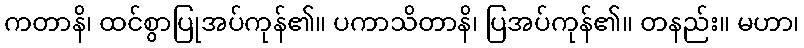
ကတာနိ၊ ထင်စွာပြုအပ်ကုန်၏။ ပကာသိတာနိ၊ ပြအပ်ကုန်၏။ တနည်း။ မဟာ၊